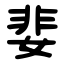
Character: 婓